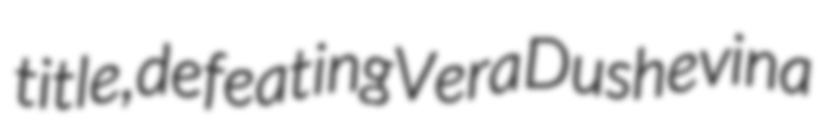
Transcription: title, defeating Vera Dushevina